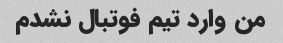
من وارد تیم فوتبال نشدم